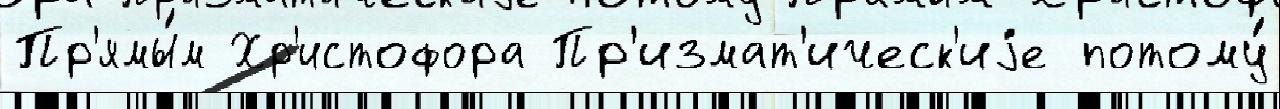
Пр'ямы́м Хр'истофора Пр'измат'ическ'иjе потому́